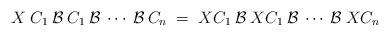
LaTeX: \begin{align*}X \;C_1 \:{\cal{B}}\: C_1 \:{\cal{B}}\: \cdots \:{\cal{B}} \:C_n\;=\; XC_1 \:{\cal{B}}\: XC_1 \:{\cal{B}}\: \cdots \:{\cal{B}} \:XC_n\;\;\;\;\;\end{align*}